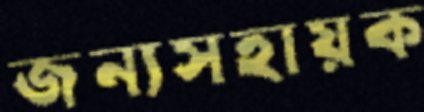
জন্যসহায়ক